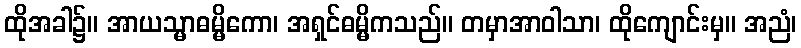
ထိုအခါ၌။ အာယသ္မာဓမ္မိကော၊ အရှင်ဓမ္မိကသည်။ တမှာအာဝါသာ၊ ထိုကျောင်းမှ။ အညံ၊